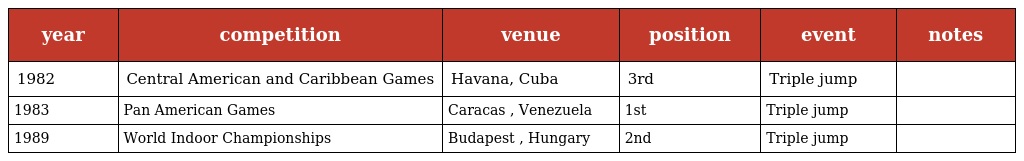
| year | competition | venue | position | event | notes |
 | --- | --- | --- | --- | --- | --- |
 | 1982 | Central American and Caribbean Games | Havana, Cuba | 3rd | Triple jump |  |
 | 1983 | Pan American Games | Caracas , Venezuela | 1st | Triple jump |  |
 | 1989 | World Indoor Championships | Budapest , Hungary | 2nd | Triple jump |  |